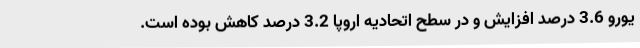
یورو 3.6 درصد افزایش و در سطح اتحادیه اروپا 3.2 درصد کاهش بوده است.